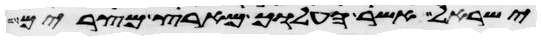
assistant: ישראל אשר העלוך מארץ מצרים